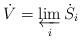
LaTeX: \begin{align*} \dot V = \varprojlim_i \dot S_i \end{align*}